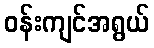
ဝန်းကျင်အရွယ်